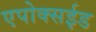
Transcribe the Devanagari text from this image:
एपोक्सईड